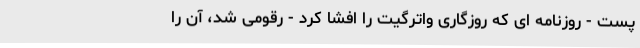
پست - روزنامه ای که روزگاری واترگیت را افشا کرد - رقومی شد، آن را